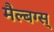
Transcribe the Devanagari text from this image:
मैल्बग्स्